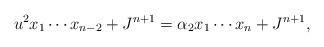
LaTeX: \begin{align*}u^2x_1\cdots x_{n-2}+J^{n+1}=\alpha_2 x_1\cdots x_n+J^{n+1},\end{align*}